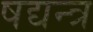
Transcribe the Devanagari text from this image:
षद्यन्त्र